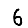
Digit: 6